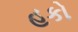
હકો